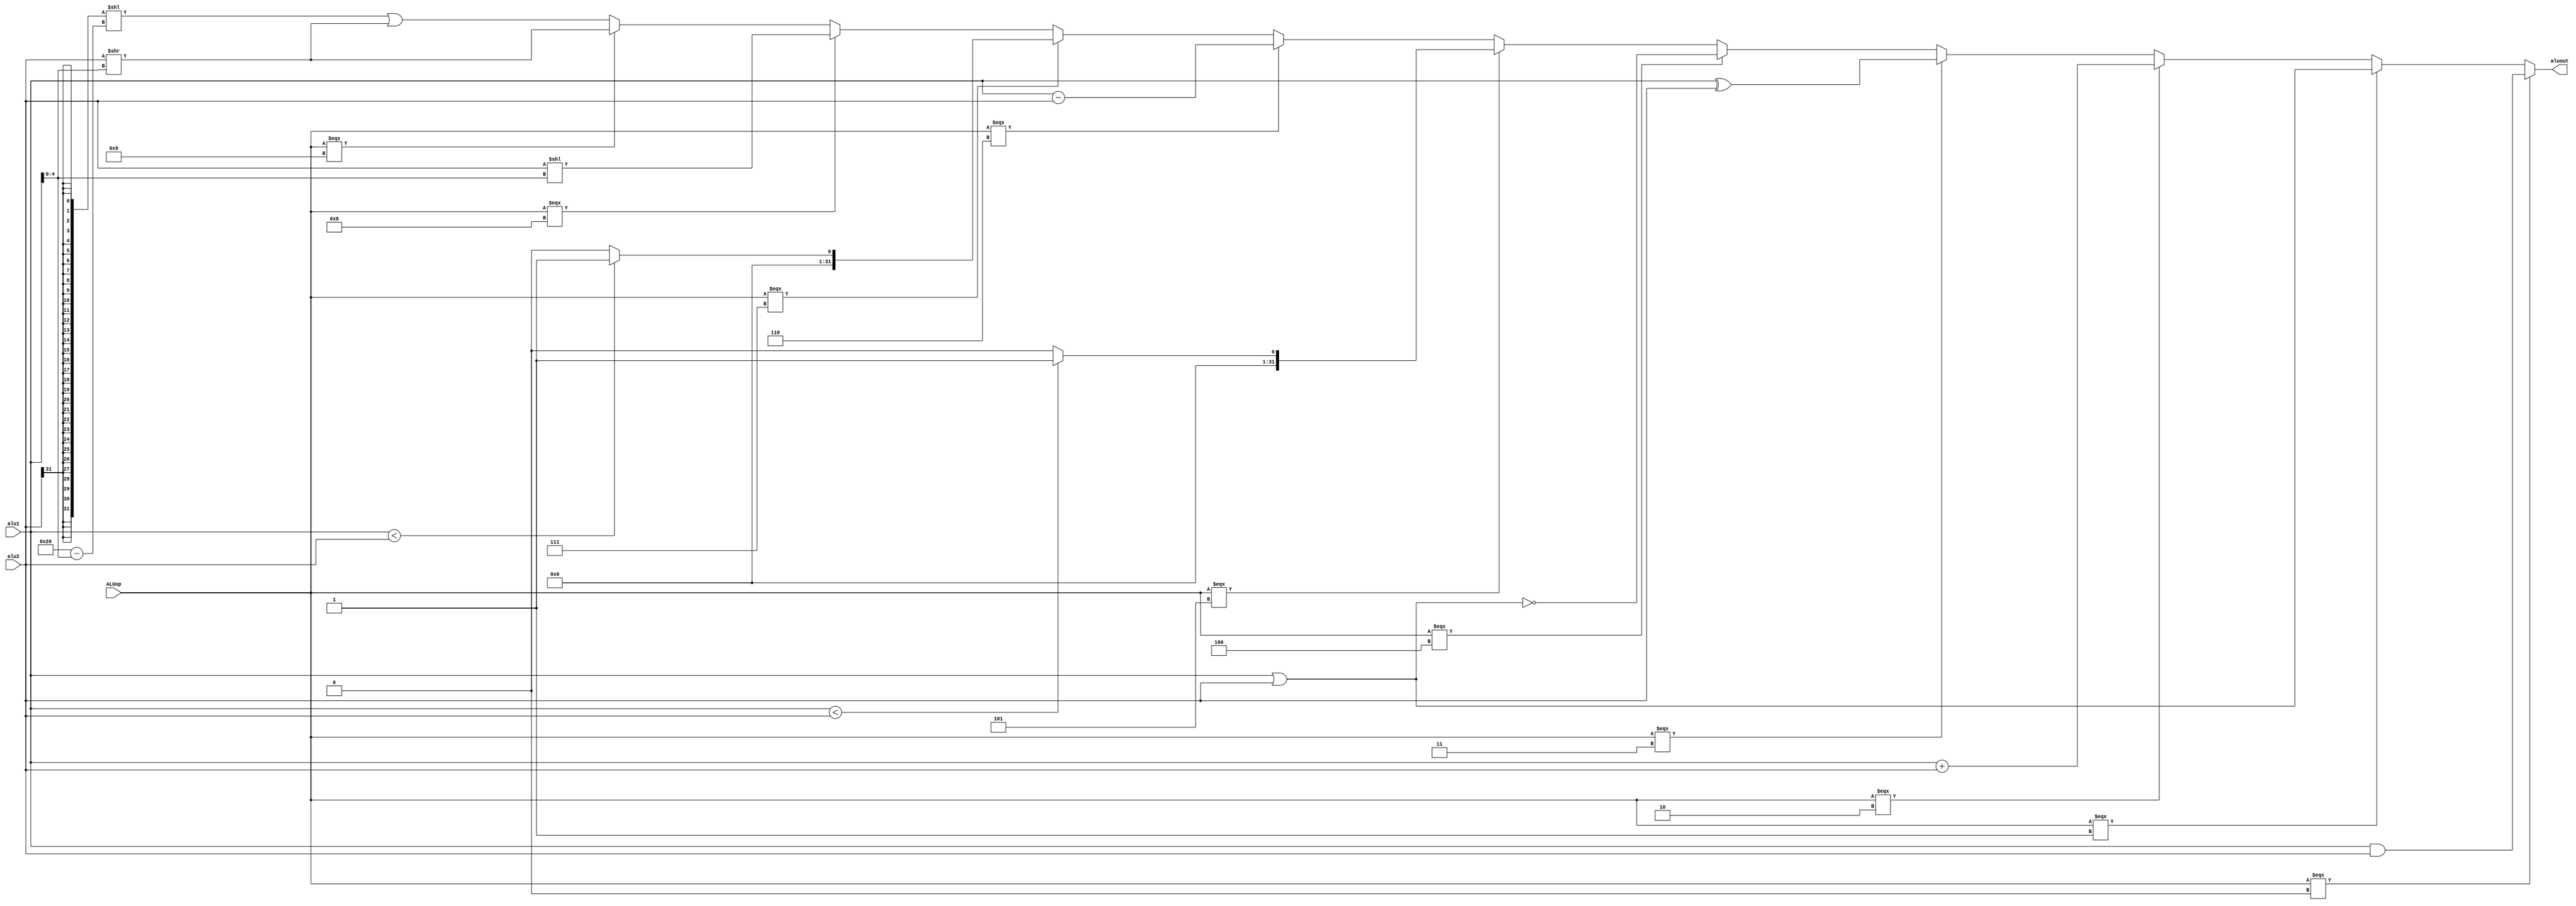
`timescale 1ns / 1ps
//////////////////////////////////////////////////////////////////////////////////
// Company: 
// Engineer: 
// 
// Design Name: 
// Module Name:    ALU 
// Project Name: 
// Target Devices: 
// Tool versions: 
// Description: 
//
// Dependencies: 
//
// Revision: 
// Revision 0.01 - File Created
// Additional Comments: 
//
//////////////////////////////////////////////////////////////////////////////////
module ALU(
    input [31:0] alu1,
    input [31:0] alu2,
    input [3:0] ALUop,
    output [31:0] aluout
    );

	 assign small_zero = (alu1 < alu2) ? 1 : 0;
	 assign small_sign = (($signed(alu1)) < ($signed(alu2))) ? 1 : 0;

assign aluout = (ALUop === 0) ? alu1 & alu2:
					(ALUop === 1) ? alu1 | alu2:
					(ALUop === 2) ? alu1 + alu2:
					(ALUop === 3) ? alu1 ^ alu2:
					(ALUop === 4) ? ~(alu1 | alu2):
					(ALUop === 5) ? small_sign:
					(ALUop === 6) ? alu1 - alu2:
					(ALUop === 7) ? small_zero:
					(ALUop === 8) ? alu2 << alu1[4:0]:
					(ALUop === 9) ? alu2 >> alu1[4:0]: ( {32{alu2[31]}} << ( 6'd32 - {1'b0, alu1[4:0]} ) ) | ( alu2 >> alu1[4:0] );
				
//shiftres[31:0] = ( {32{alu2[31]}} << ( 6'd32 - {1'b0, alu1[4:0]} ) ) | ( alu2 >> alu1[4:0] ) ;
//shiftres[31:0] =  ( { {31{reg2_i}}, 1'b0 } << (~reg1_i[4:0]) ) | ( reg2_i >> reg1_i[4:0] ) ;

endmodule